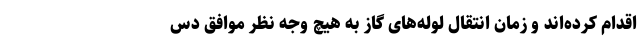
اقدام کرده‌اند و زمان انتقال لوله‌های گاز به هیچ وجه نظر موافق دس